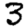
Digit: 3